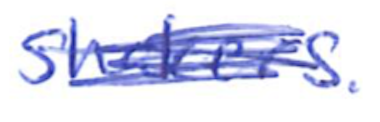
Text: Shakers.
Cross-out: mix
Writing tool: ballpoint